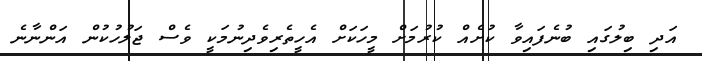
އަދި ބިލުގައި ބުނެފައިވާ ކުށެއް ކުރުމަށް މީހަކަށް އެހީތެރިވެދިނުމަކީ ވެސް ޖަލުހުކުން އަންނާނެ